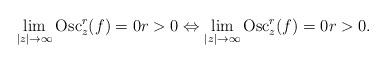
LaTeX: \begin{align*}\lim_{|z| \to \infty} \operatorname{Osc}_z^r(f) = 0 r>0 \Leftrightarrow \lim_{|z| \to \infty} \operatorname{Osc}_z^r(f) = 0 r>0.\end{align*}